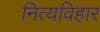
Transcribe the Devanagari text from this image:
नित्यविहार